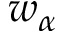
w _ { \alpha }